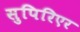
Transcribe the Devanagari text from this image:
सुपिरिएर